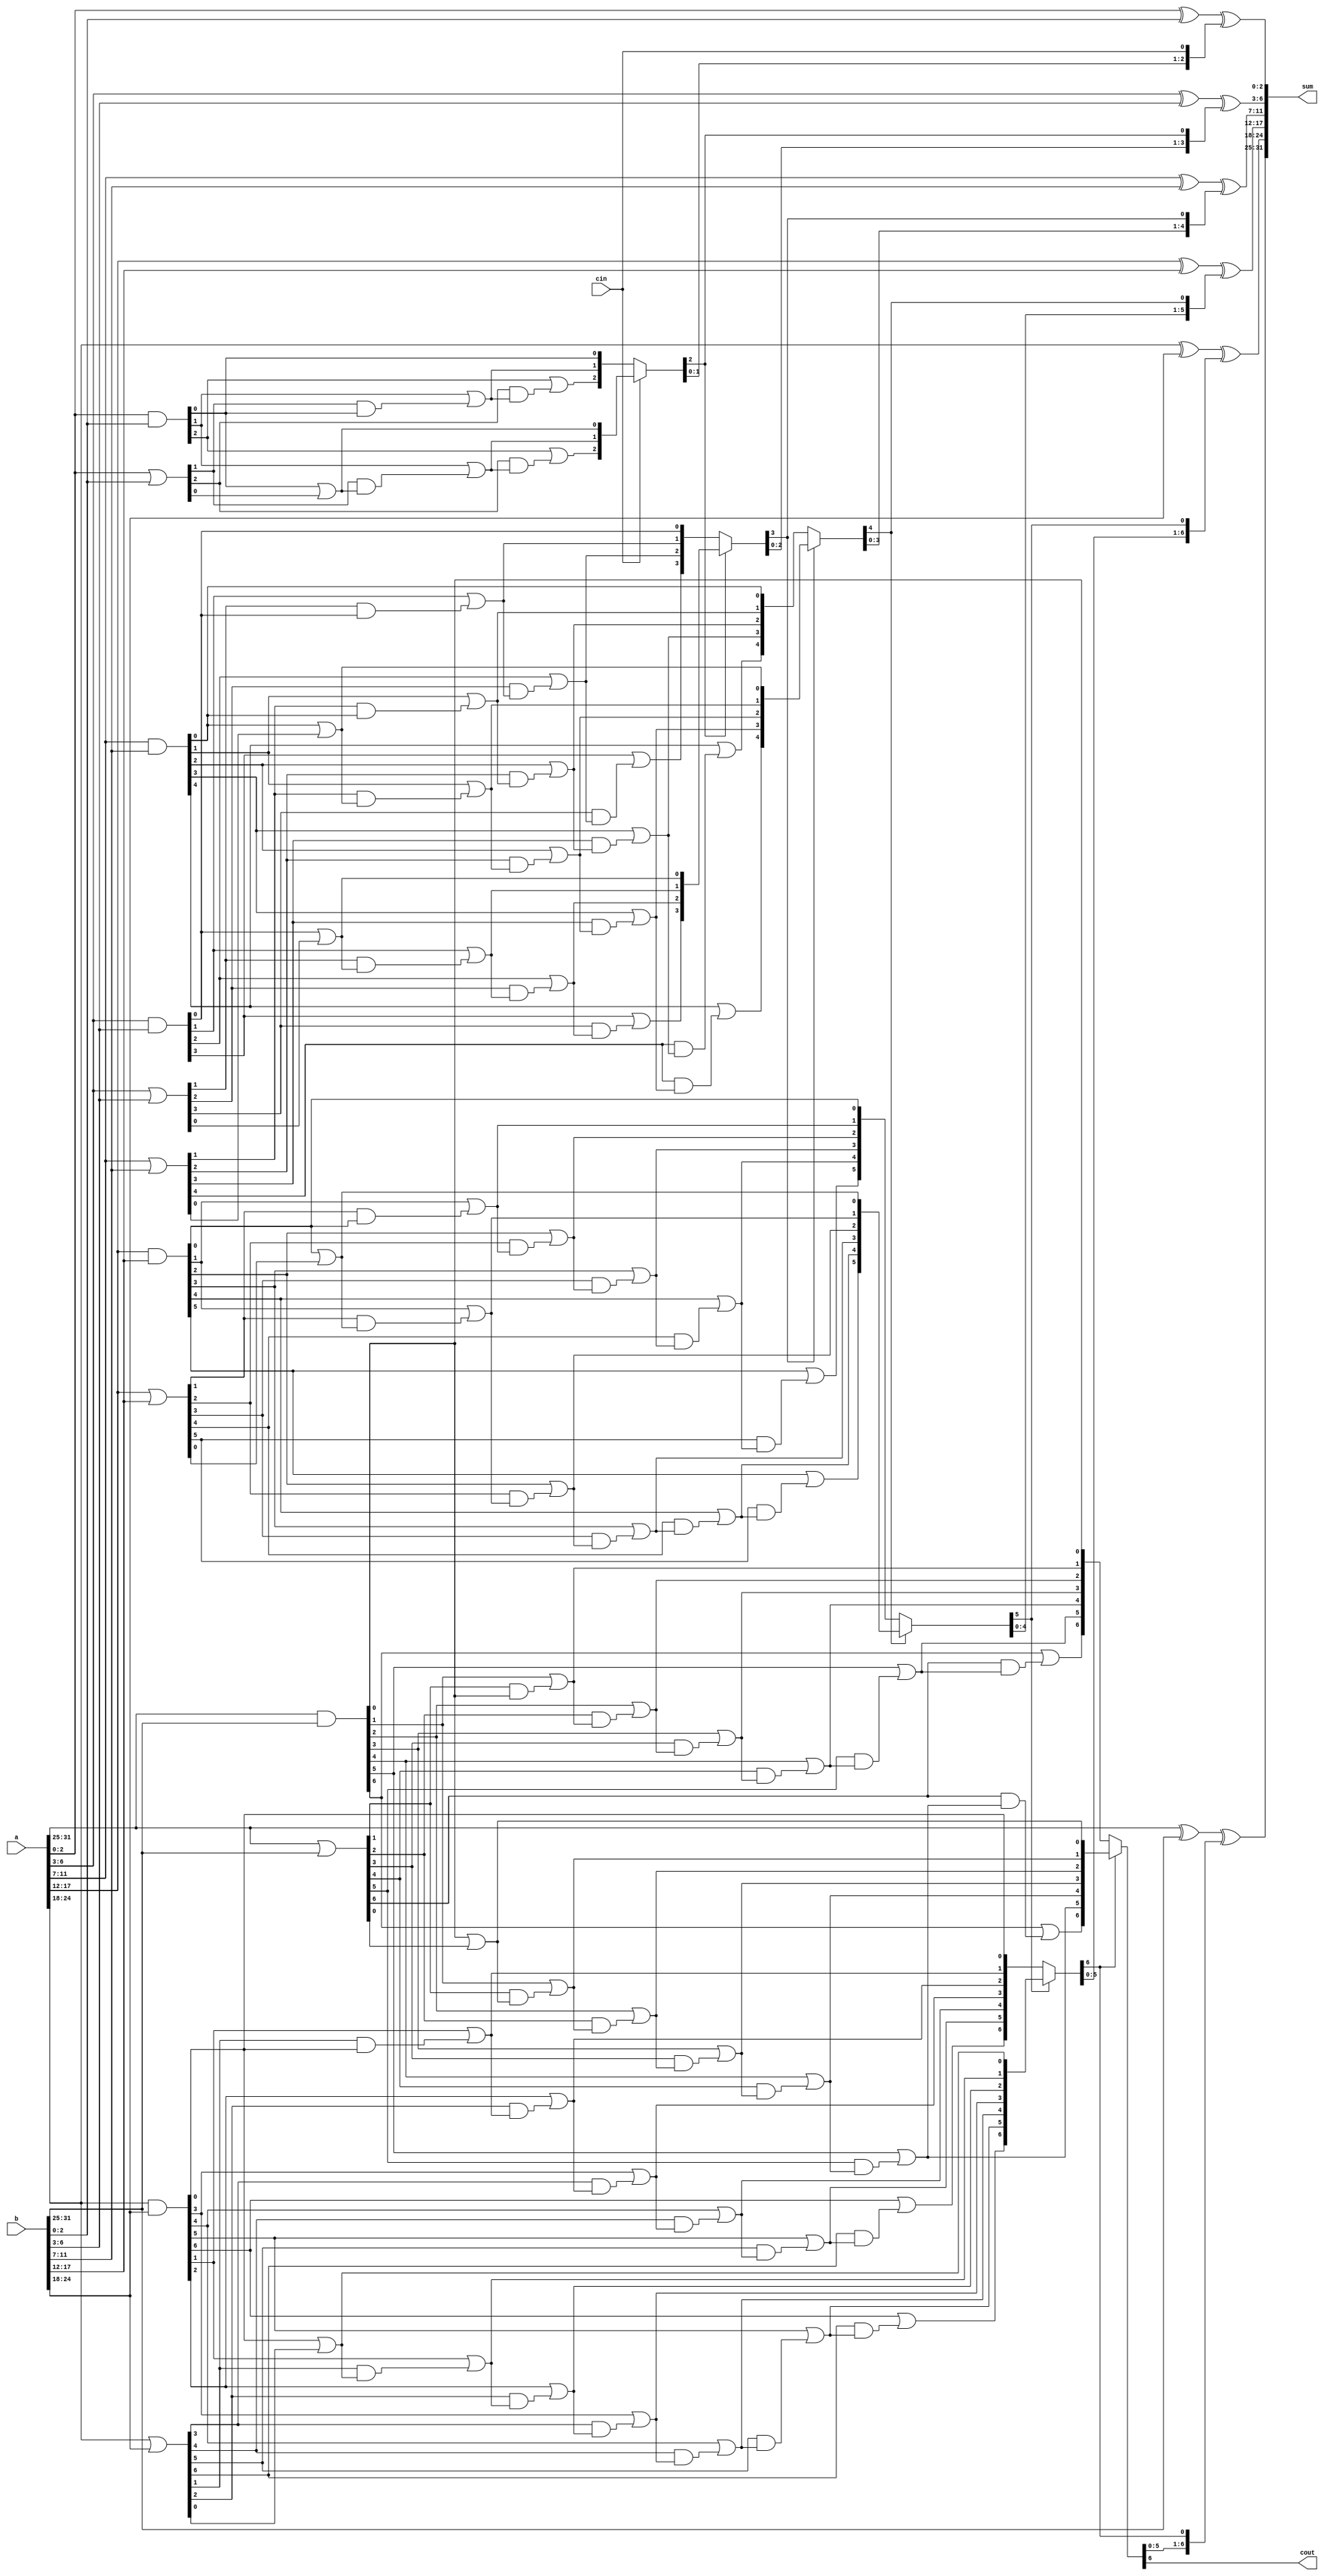
`timescale 1ns / 1ps
//////////////////////////////////////////////////////////////////////////////////
// Company: 
// Engineer: 
// 
// Design Name: 
// Module Name: CS_Adder32
// Project Name: 
// Target Devices: 
// Tool Versions: 
// Description: 
// 
// Dependencies: 
// 
// Revision:
// Revision 0.01 - File Created
// Additional Comments:
// 
//////////////////////////////////////////////////////////////////////////////////


module 	CS_Adder32 (a, b, cin, sum, cout);

input 	[31 : 0]	a, b; 						// 32-bit inputs
input 				cin;						// carry input
output	[31 : 0]	sum;
output				cout;

//	internal connections between each stage's carry look ahead adders
wire	[2 : 0]		p1, g1, c1_s0, c1_s1, c1;
wire 	[3 : 0]		p2, g2, c2_s0, c2_s1, c2;
wire 	[4 : 0]		p3, g3, c3_s0, c3_s1, c3;
wire 	[5 : 0]		p4, g4, c4_s0, c4_s1, c4;
wire 	[6 : 0]		p5, g5, c5_s0, c5_s1, c5;
wire 	[6 : 0]		p6, g6, c6_s0, c6_s1, c6;

//========== STAGE: 1 	M = 3 =================================================
assign	g1 = a[2:0] & b[2:0];
assign	p1 = a[2:0]	| b[2:0];
assign	c1_s0[0] = g1[0];
assign 	c1_s0[1] = g1[1] | (p1[1] & c1_s0[0]);
assign 	c1_s0[2] = g1[2] | (p1[2] & c1_s0[1]);
assign	c1_s1[0] = g1[0] | p1[0];
assign	c1_s1[1] = g1[1] | (p1[1] & c1_s1[0]);
assign	c1_s1[2] = g1[2] | (p1[2] & c1_s1[1]);
assign	c1 = cin ? c1_s1 : c1_s0;
assign	sum[2 : 0] = a[2:0] ^ b[2:0] ^ {c1[1:0], cin};
//========== STAGE: 2 	M = 4 =================================================
assign	g2 = a[6 : 3] & b[6 : 3];
assign	p2 = a[6 : 3] | b[6 : 3];
assign	c2_s0[0] = g2[0];
assign 	c2_s0[1] = g2[1] | (p2[1] & c2_s0[0]);
assign 	c2_s0[2] = g2[2] | (p2[2] & c2_s0[1]);
assign	c2_s0[3] = g2[3] | (p2[3] & c2_s0[2]);
assign	c2_s1[0] = g2[0] | p2[0];
assign	c2_s1[1] = g2[1] | (p2[1] & c2_s1[0]);
assign	c2_s1[2] = g2[2] | (p2[2] & c2_s1[1]);
assign	c2_s1[3] = g2[3] | (p2[3] & c2_s1[2]);
assign	c2 = c1[2] ? c2_s1 : c2_s0;
assign	sum[6 : 3] = a[6 : 3] ^ b[6 : 3] ^ {c2[2:0], c1[2]};
//========== STAGE: 3 	M = 5 =================================================
assign	g3 = a[11 : 7] & b[11 : 7];
assign	p3 = a[11 : 7] | b[11 : 7];
assign	c3_s0[0] = g3[0];
assign 	c3_s0[1] = g3[1] | (p3[1] & c3_s0[0]);
assign 	c3_s0[2] = g3[2] | (p3[2] & c3_s0[1]);
assign	c3_s0[3] = g3[3] | (p3[3] & c3_s0[2]);
assign	c3_s0[4] = g3[4] | (p3[4] & c3_s0[3]);
assign	c3_s1[0] = g3[0] | p3[0];
assign	c3_s1[1] = g3[1] | (p3[1] & c3_s1[0]);
assign	c3_s1[2] = g3[2] | (p3[2] & c3_s1[1]);
assign	c3_s1[3] = g3[3] | (p3[3] & c3_s1[2]);
assign	c3_s1[4] = g3[4] | (p3[4] & c3_s1[3]);
assign	c3 = c2[3] ? c3_s1 : c3_s0;
assign	sum[11 : 7] = a[11 : 7] ^ b[11 : 7] ^ {c3[3:0], c2[3]};
//========== STAGE: 4 	M = 6 =================================================
assign	g4 = a[17 : 12] & b[17 : 12];
assign	p4 = a[17 : 12] | b[17 : 12];
assign	c4_s0[0] = g4[0];
assign 	c4_s0[1] = g4[1] | (p4[1] & c4_s0[0]);
assign 	c4_s0[2] = g4[2] | (p4[2] & c4_s0[1]);
assign	c4_s0[3] = g4[3] | (p4[3] & c4_s0[2]);
assign	c4_s0[4] = g4[4] | (p4[4] & c4_s0[3]);
assign	c4_s0[5] = g4[5] | (p4[5] & c4_s0[4]);
assign	c4_s1[0] = g4[0] | p4[0];
assign	c4_s1[1] = g4[1] | (p4[1] & c4_s1[0]);
assign	c4_s1[2] = g4[2] | (p4[2] & c4_s1[1]);
assign	c4_s1[3] = g4[3] | (p4[3] & c4_s1[2]);
assign	c4_s1[4] = g4[4] | (p4[4] & c4_s1[3]);
assign	c4_s1[5] = g4[5] | (p4[5] & c4_s1[4]);
assign	c4 = c3[4] ? c4_s1 : c4_s0;
assign	sum[17 : 12] = a[17 : 12] ^ b[17 : 12] ^ {c4[4:0], c3[4]};
//========== STAGE: 5 	M = 7 =================================================
assign	g5 = a[24 : 18] & b[24 : 18];
assign	p5 = a[24 : 18] | b[24 : 18];
assign	c5_s0[0] = g5[0];
assign 	c5_s0[1] = g5[1] | (p5[1] & c5_s0[0]);
assign 	c5_s0[2] = g5[2] | (p5[2] & c5_s0[1]);
assign	c5_s0[3] = g5[3] | (p5[3] & c5_s0[2]);
assign	c5_s0[4] = g5[4] | (p5[4] & c5_s0[3]);
assign	c5_s0[5] = g5[5] | (p5[5] & c5_s0[4]);
assign	c5_s0[6] = g5[6] | (p5[6] & c5_s0[5]);
assign	c5_s1[0] = g5[0] | p5[0];
assign	c5_s1[1] = g5[1] | (p5[1] & c5_s1[0]);
assign	c5_s1[2] = g5[2] | (p5[2] & c5_s1[1]);
assign	c5_s1[3] = g5[3] | (p5[3] & c5_s1[2]);
assign	c5_s1[4] = g5[4] | (p5[4] & c5_s1[3]);
assign	c5_s1[5] = g5[5] | (p5[5] & c5_s1[4]);
assign	c5_s1[6] = g5[6] | (p5[6] & c5_s1[5]);
assign	c5 = c4[5] ? c5_s1 : c5_s0;
assign	sum[24 : 18] = a[24 : 18] ^ b[24 : 18] ^ {c5[5:0], c4[5]};
//========== STAGE: 6 	M = 7 =================================================
assign	g6 = a[31 : 25] & b[31 : 25];
assign	p6 = a[31 : 25] | b[31 : 25];
assign	c6_s0[0] = g6[0];
assign 	c6_s0[1] = g6[1] | (p6[1] & c6_s0[0]);
assign 	c6_s0[2] = g6[2] | (p6[2] & c6_s0[1]);
assign	c6_s0[3] = g6[3] | (p6[3] & c6_s0[2]);
assign	c6_s0[4] = g6[4] | (p6[4] & c6_s0[3]);
assign	c6_s0[5] = g6[5] | (p6[5] & c6_s0[4]);
assign	c6_s0[6] = g6[6] | (p6[6] & c6_s0[5]);
assign	c6_s1[0] = g6[0] | p6[0];
assign	c6_s1[1] = g6[1] | (p6[1] & c6_s1[0]);
assign	c6_s1[2] = g6[2] | (p6[2] & c6_s1[1]);
assign	c6_s1[3] = g6[3] | (p6[3] & c6_s1[2]);
assign	c6_s1[4] = g6[4] | (p6[4] & c6_s1[3]);
assign	c6_s1[5] = g6[5] | (p6[5] & c6_s1[4]);
assign	c6_s1[6] = g6[6] | (p6[6] & c6_s1[5]);
assign	c6 = c5[6] ? c6_s1 : c6_s0;
assign	sum[31 : 25] = a[31 : 25] ^ b[31 : 25] ^ {c6[5:0], c5[6]};

assign	cout = c6[6];

endmodule